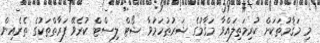
މި މަޤާމުތަކަށް ކުރިމަތިލައްވާ މަޤާމުގެ ޝަރުޠުހަމަވާ ޝޯޓް ލިސްޓް ކުރެވޭ ފަރާތްތަކުގެ ތެރެއިން